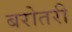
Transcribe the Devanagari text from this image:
बरोतरी